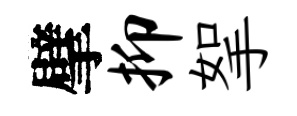
擘抑挐